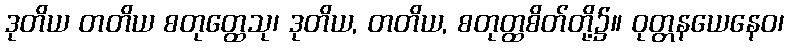
ဒုတိယ တတိယ စတုတ္ထေသု၊ ဒုတိယ, တတိယ, စတုတ္ထစိတ်တို့၌။ ဝုတ္တနယေနေဝ၊